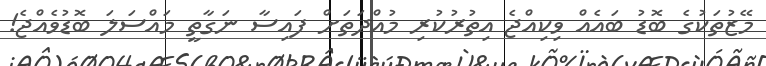
މޭޒުތަކުގެ ބޮޑު ބައެއް ވިކިއްޖެ އިތުރުކުރި މުއްދަތަށް ފައިސާ ނަގާތީ މައްސަލަ ބޮޑުވެއްޖެ!